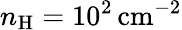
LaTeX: n_{\mathrm{H}}=10^{2}\, \mathrm{cm}^{-2}